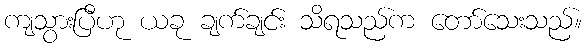
ကျသွားပြီဟု ယခု ချက်ချင်း သိရသည်က တော်သေးသည်။